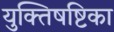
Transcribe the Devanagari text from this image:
युक्तिषष्टिका